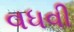
વધવી